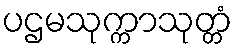
ပဌမသုက္ကာသုတ္တံ